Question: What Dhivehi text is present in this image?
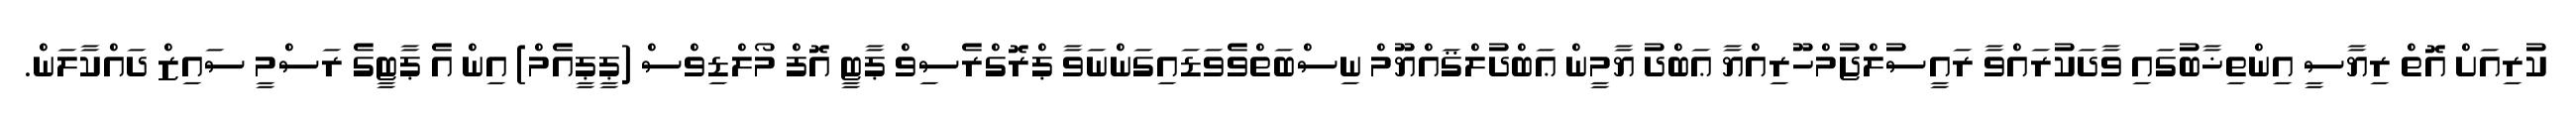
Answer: ކުރިއަށް އޮތް ރިޔާސީ އިންތިޚާބުގައި ވާދަކުރައްވާ ރައީސުލްޖުމްހޫރިއްޔާ ޢަބްދު ޔާމީން ޢަބްދުލްޤައްޔޫމް ނިސްބަތްވެވަޑައިގަންނަވާ ޕްރޮގްރެސިވް ޕާޓީ އޮފް މޯލްޑިވްސް (ޕީޕީއެމް) އިން އެ ޕާޓީގެ ރަސްމީ ސައިޒް ދައްކާލަން.